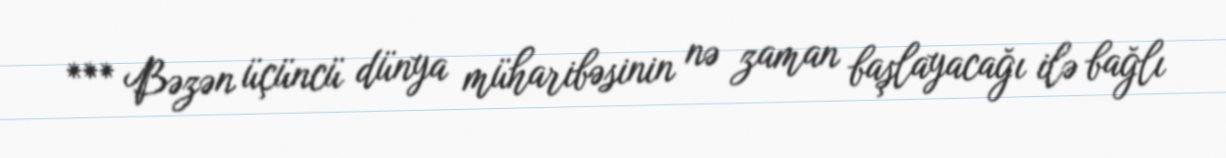
*** Bəzən üçüncü dünya müharibəsinin nə zaman başlayacağı ilə bağlı